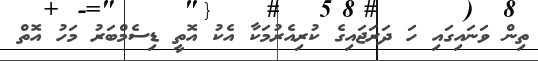
ތިން ވަނައިގައި ހަ ދަރަޖައިގެ ކުރިއެރުމަކާ އެކު އޮތީ ޑިސެމްބަރު މަހު އޮތް